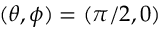
( \theta , \phi ) = ( \pi / 2 , 0 )